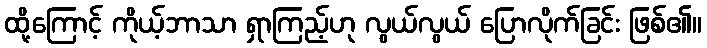
ထို့ကြောင့် ကိုယ့်ဘာသာ ရှာကြည့်ဟု လွယ်လွယ် ပြောလိုက်ခြင်း ဖြစ်၏။